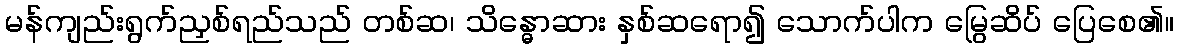
မန်ကျည်းရွက်ညှစ်ရည်သည် တစ်ဆ၊ သိန္ဓောဆား နှစ်ဆရော၍ သောက်ပါက မြွေဆိပ် ပြေစေ၏။